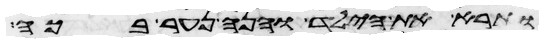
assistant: ותרא את הילד והנה נער בכה